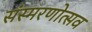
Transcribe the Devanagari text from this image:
संस्मरणोत्सव